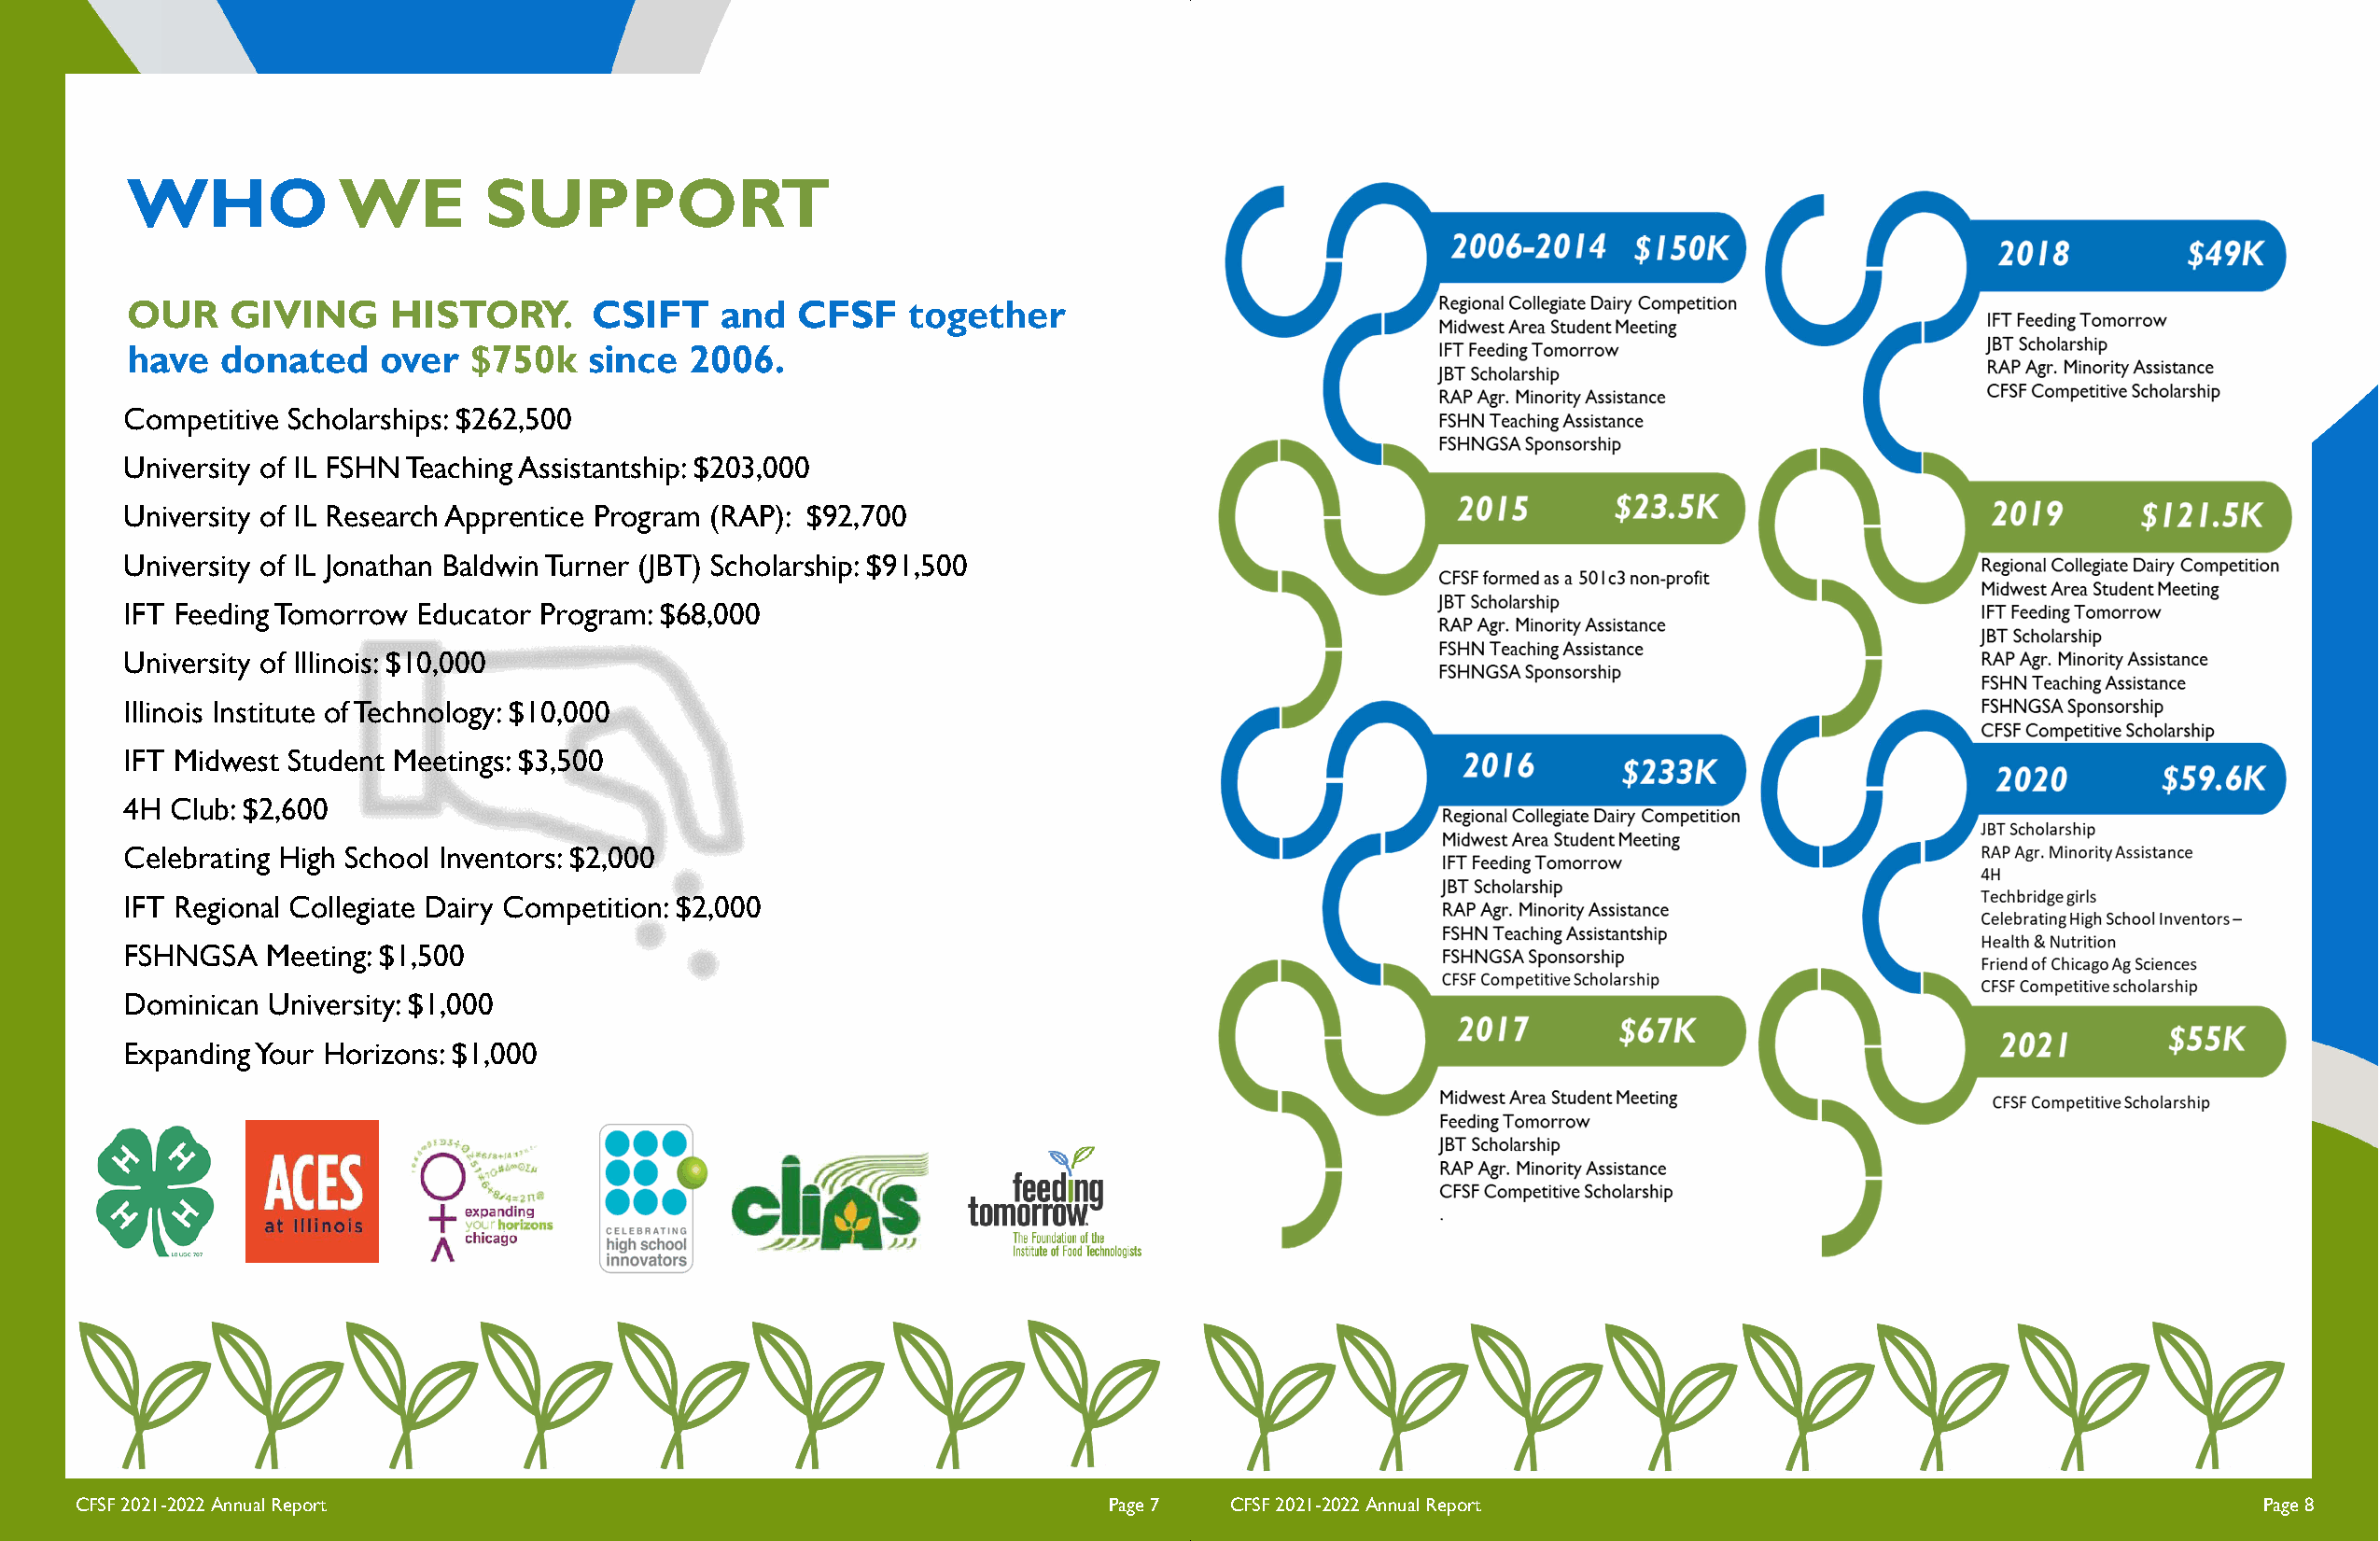
WHO            WE        SUPPORT
 OUR    GIVING      HISTORY.      CSIFT    and   CFSF   together
 have   donated    over  $750k    since  2006.
 Competitive Scholarships: $262,500
 University of IL FSHN Teaching Assistantship: $203,000
 University of IL Research Apprentice Program (RAP): $92,700
 University of IL Jonathan Baldwin Turner (JBT) Scholarship: $91,500
 IFT Feeding Tomorrow Educator Program: $68,000
 University of Illinois: $10,000
 Illinois Institute of Technology: $10,000
 IFT Midwest Student Meetings: $3,500
 4H Club: $2,600
 Celebrating High School Inventors: $2,000
 IFT Regional Collegiate Dairy Competition: $2,000
 FSHNGSA   Meeting: $1,500
 Dominican University: $1,000
 Expanding Your Horizons: $1,000
 CFSF 2021-2022 Annual Report                                              Page 7  CFSF 2021-2022 Annual Report                                              Page 8